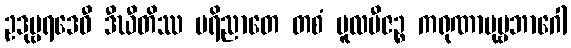
ဥဒုမ္ဗရဒေဝီ ဒီဃီတိဿ ပရိညာတေ တစံ မူလဗီဇဉ္စ ကရုဏာပုဗ္ဗဘာဂေါ